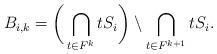
LaTeX: \begin{align*}B_{i,k} = \bigg(\bigcap_{t\in F^k} tS_i \bigg)\setminus\bigcap_{t\in F^{k+1}} tS_i . \end{align*}